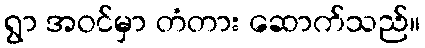
ရွာ အဝင်မှာ တံတား ဆောက်သည်။